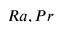
R a , P r